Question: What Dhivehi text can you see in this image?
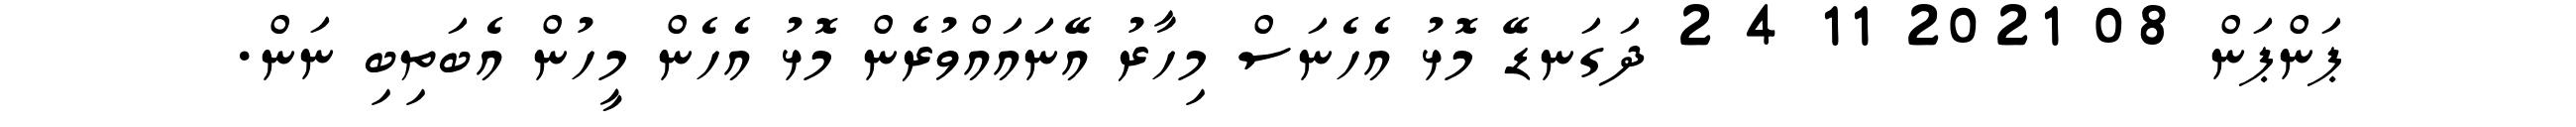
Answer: ޕަންޕަން 08 2021 11 4 2 ދަގަނޑޭ މޮޅު އެހެނަސް މިހާރު އޭނައައްވުރެން މޮޅު އެހެން މީހުން އެބަތިބި ނަން.